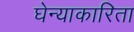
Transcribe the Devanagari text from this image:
घेन्याकारिता